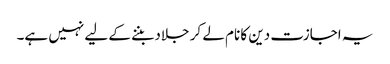
یہ اجازت دین کا نام لے کر جلاد بننے کے لیے نہیں ہے۔